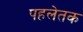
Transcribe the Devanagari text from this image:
पहलेतक